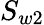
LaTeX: S_{w2}